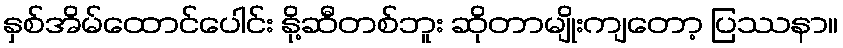
နှစ်အိမ်ထောင်ပေါင်း နို့ဆီတစ်ဘူး ဆိုတာမျိုးကျတော့ ပြဿနာ။